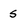
Character: S